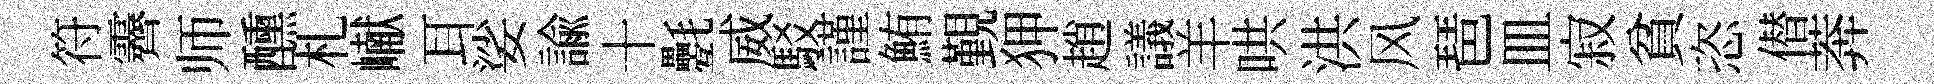
符霽师醺札𪩘耳娑諭十氎威駁謹鮪覲狎趙議羊哄洪风琶皿寂貧恣僣莾